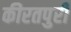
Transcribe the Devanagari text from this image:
कीरतपुरी